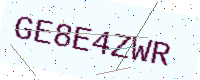
Text: GE8E4ZWR